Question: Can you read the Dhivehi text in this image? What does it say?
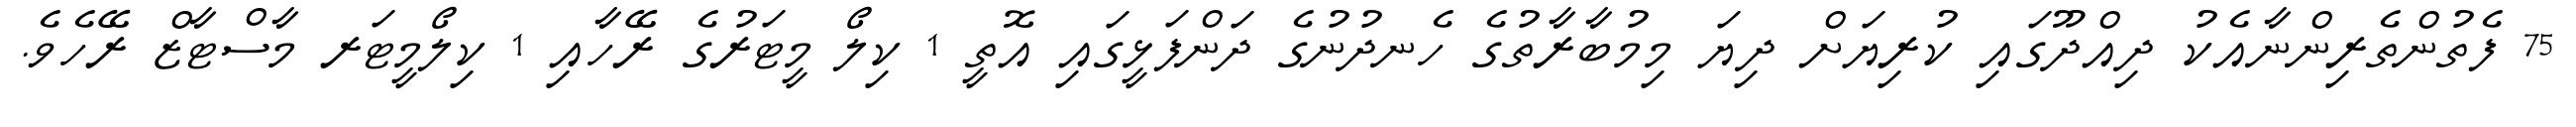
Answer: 75 ފެތުންތެރިންނާއެކު ދިއްދޫގައި ކުރިޔަށް ދިޔަ މިމުބާރާތުގެ ހެނދުނުގެ ދަންފަޅީގައި އޮތީ 1 ކިލޯ މީޓަރުގެ ރޭހާއި 1 ކިލޯމީޓަރ މާސްޓާޒް ރޭހެވެ.